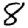
Digit: 8